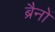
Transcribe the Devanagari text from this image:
ब्रैनों